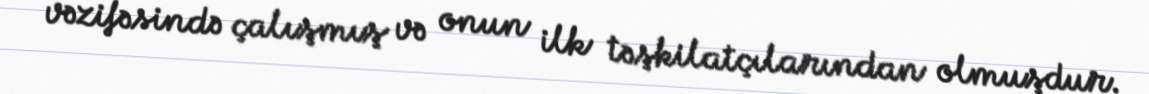
vəzifəsində çalışmış və onun ilk təşkilatçılarından olmuşdur.